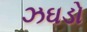
ઝઘડો